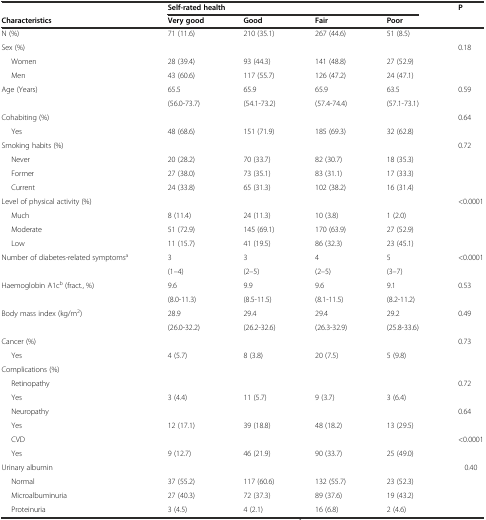
<table><thead><tr><td></td><td colspan="4"><b>Self-rated health</b></td><td rowspan="2"><b>P</b></td></tr><tr><td><b>Characteristics</b></td><td><b>Very good</b></td><td><b>Good</b></td><td><b>Fair</b></td><td><b>Poor</b></td></tr></thead><tbody><tr><td>N (%)</td><td>71 (11.6)</td><td>210 (35.1)</td><td>267 (44.6)</td><td>51 (8.5)</td><td></td></tr><tr><td>Sex (%)</td><td></td><td></td><td></td><td></td><td>0.18</td></tr><tr><td>Women</td><td>28 (39.4)</td><td>93 (44.3)</td><td>141 (48.8)</td><td>27 (52.9)</td><td></td></tr><tr><td>Men</td><td>43 (60.6)</td><td>117 (55.7)</td><td>126 (47.2)</td><td>24 (47.1)</td><td></td></tr><tr><td rowspan="2">Age (Years)</td><td>65.5</td><td>65.9</td><td>65.9</td><td>63.5</td><td rowspan="2">0.59</td></tr><tr><td>(56.0-73.7)</td><td>(54.1-73.2)</td><td>(57.4-74.4)</td><td>(57.1-73.1)</td></tr><tr><td>Cohabiting (%)</td><td></td><td></td><td></td><td></td><td rowspan="2">0.64</td></tr><tr><td>Yes</td><td>48 (68.6)</td><td>151 (71.9)</td><td>185 (69.3)</td><td>32 (62.8)</td></tr><tr><td>Smoking habits (%)</td><td></td><td></td><td></td><td></td><td rowspan="4">0.72</td></tr><tr><td>Never</td><td>20 (28.2)</td><td>70 (33.7)</td><td>82 (30.7)</td><td>18 (35.3)</td></tr><tr><td>Former</td><td>27 (38.0)</td><td>73 (35.1)</td><td>83 (31.1)</td><td>17 (33.3)</td></tr><tr><td>Current</td><td>24 (33.8)</td><td>65 (31.3)</td><td>102 (38.2)</td><td>16 (31.4)</td></tr><tr><td>Level of physical activity (%)</td><td></td><td></td><td></td><td></td><td rowspan="4">&lt;0.0001</td></tr><tr><td>Much</td><td>8 (11.4)</td><td>24 (11.3)</td><td>10 (3.8)</td><td>1 (2.0)</td></tr><tr><td>Moderate</td><td>51 (72.9)</td><td>145 (69.1)</td><td>170 (63.9)</td><td>27 (52.9)</td></tr><tr><td>Low</td><td>11 (15.7)</td><td>41 (19.5)</td><td>86 (32.3)</td><td>23 (45.1)</td></tr><tr><td rowspan="2">Number of diabetes-related symptoms<sup>a</sup></td><td>3</td><td>3</td><td>4</td><td>5</td><td rowspan="2">&lt;0.0001</td></tr><tr><td>(1–4)</td><td>(2–5)</td><td>(2–5)</td><td>(3–7)</td></tr><tr><td rowspan="2">Haemoglobin A1c<sup>b</sup> (fract., %)</td><td>9.6</td><td>9.9</td><td>9.6</td><td>9.1</td><td rowspan="2">0.53</td></tr><tr><td>(8.0-11.3)</td><td>(8.5-11.5)</td><td>(8.1-11.5)</td><td>(8.2-11.2)</td></tr><tr><td rowspan="2">Body mass index (kg/m<sup>2</sup>)</td><td>28.9</td><td>29.4</td><td>29.4</td><td>29.2</td><td rowspan="2">0.49</td></tr><tr><td>(26.0-32.2)</td><td>(26.2-32.6)</td><td>(26.3-32.9)</td><td>(25.8-33.6)</td></tr><tr><td>Cancer (%)</td><td></td><td></td><td></td><td></td><td>0.73</td></tr><tr><td>Yes</td><td>4 (5.7)</td><td>8 (3.8)</td><td>20 (7.5)</td><td>5 (9.8)</td><td></td></tr><tr><td>Complications (%)</td><td></td><td></td><td></td><td></td><td></td></tr><tr><td>Retinopathy</td><td></td><td></td><td></td><td></td><td>0.72</td></tr><tr><td>Yes</td><td>3 (4.4)</td><td>11 (5.7)</td><td>9 (3.7)</td><td>3 (6.4)</td><td></td></tr><tr><td>Neuropathy</td><td></td><td></td><td></td><td></td><td>0.64</td></tr><tr><td>Yes</td><td>12 (17.1)</td><td>39 (18.8)</td><td>48 (18.2)</td><td>13 (29.5)</td><td></td></tr><tr><td>CVD</td><td></td><td></td><td></td><td></td><td>&lt;0.0001</td></tr><tr><td>Yes</td><td>9 (12.7)</td><td>46 (21.9)</td><td>90 (33.7)</td><td>25 (49.0)</td><td></td></tr><tr><td>Urinary albumin</td><td></td><td></td><td></td><td></td><td rowspan="4">0.40</td></tr><tr><td>Normal</td><td>37 (55.2)</td><td>117 (60.6)</td><td>132 (55.7)</td><td>23 (52.3)</td></tr><tr><td>Microalbuminuria</td><td>27 (40.3)</td><td>72 (37.3)</td><td>89 (37.6)</td><td>19 (43.2)</td></tr><tr><td>Proteinuria</td><td>3 (4.5)</td><td>4 (2.1)</td><td>16 (6.8)</td><td>2 (4.6)</td></tr></tbody></table>